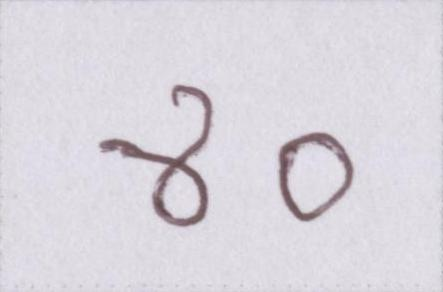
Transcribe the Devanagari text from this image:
४०